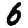
Digit: 6